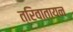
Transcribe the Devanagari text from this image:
त्रिवातायन